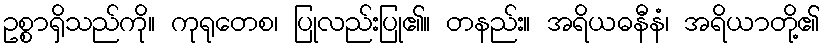
ဥစ္စာရှိသည်ကို။ ကုရုတေစ၊ ပြုလည်းပြု၏။ တနည်း။ အရိယဓနီနံ၊ အရိယာတို့၏